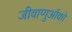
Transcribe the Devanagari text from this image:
जीवाणुओंको